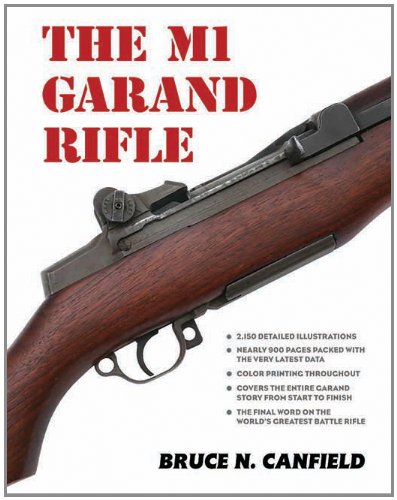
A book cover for The M1 Garand Rifle; Bruce N. Canfield; Engineering & Transportation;